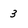
Character: 3